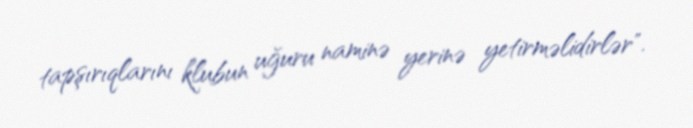
tapşırıqlarını klubun uğuru naminə yerinə yetirməlidirlər".